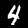
Label: 4